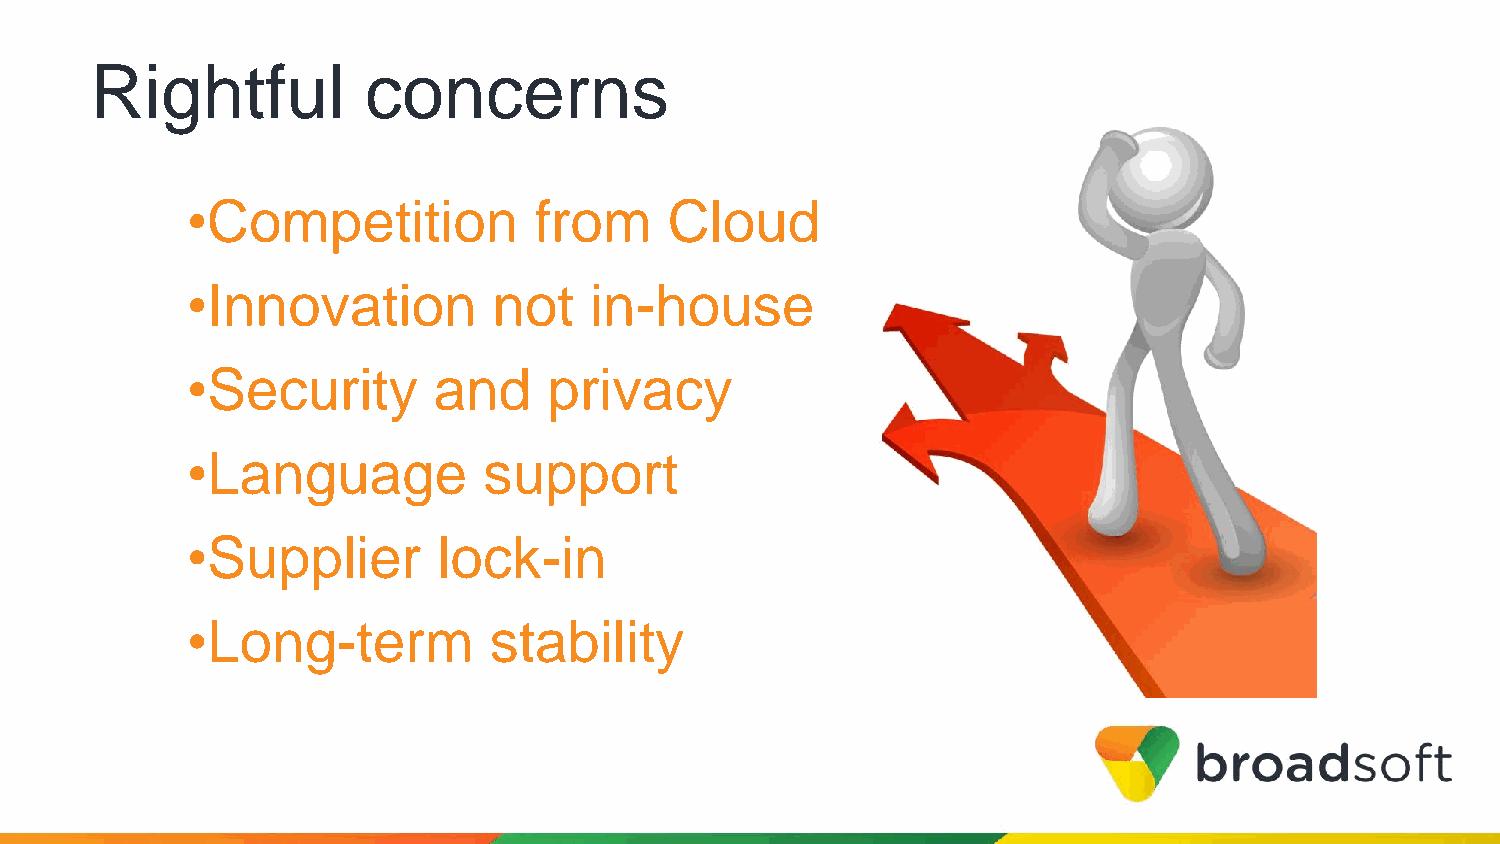
Rightful          concerns
 •Competition           from     Cloud
 •Innovation          not   in-house
 •Security        and    privacy
 •Language           support
 •Supplier        lock-in
 •Long-term          stability